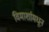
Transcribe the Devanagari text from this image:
विमार्शामधून